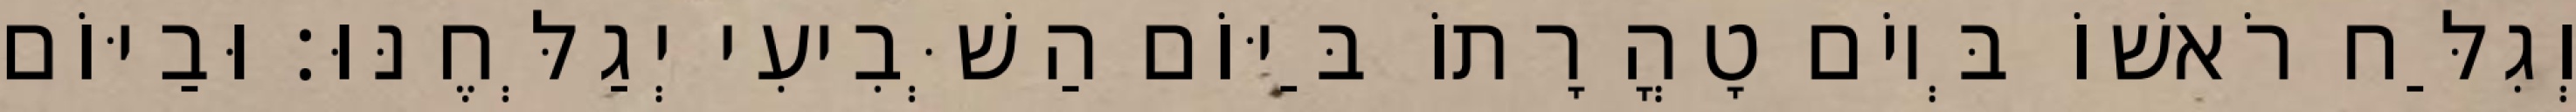
וְגִלַּח רֹאשׁוֹ בְּיוֹם טָהֳרָתוֹ בַּיּוֹם הַשְּׁבִיעִי יְגַלְּחֶנּוּ׃ וּבַיּוֹם